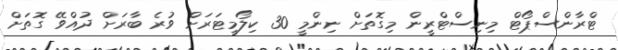
ޓްރާންސްޕޯޓް މިނިސްޓްރީން މިގޮތަށް ނިންމީ 30 ކިލޯމީޓަރަށް ވުރެ ބާރަށް ދުއްވޭ ގޮތަށް